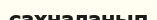
сахналанып